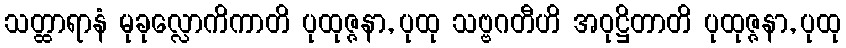
သတ္ထာရာနံ မုခုလ္လောကိကာတိ ပုထုဇ္ဇနာ, ပုထု သဗ္ဗဂတီဟိ အဝုဋ္ဌိတာတိ ပုထုဇ္ဇနာ, ပုထု